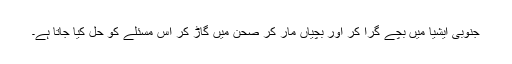
جنوبی ایشیا میں‌ بچے گرا کر اور بچیاں‌ مار کر صحن میں‌ گاڑ کر اس مسئلے کو حل کیا جاتا ہے۔